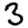
Digit: 3